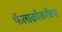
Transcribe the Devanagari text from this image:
फॅलाक्रॉकरॅक्स